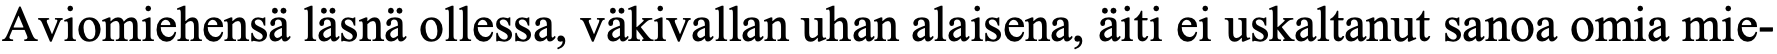
Aviomiehensä läsnä ollessa, väkivallan uhan alaisena, äiti ei uskaltanut sanoa omia mie-